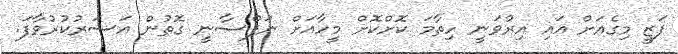
ފަޒީ މިގެއަށް އައި އިރުވަނީ ހިތާމަ ކޮށްކޮށް މީހާއަށް ނަފްސާނީ ގޮތުން އަސަރުކުރުވާފަ.